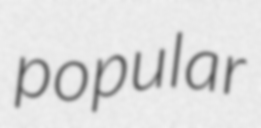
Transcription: popular